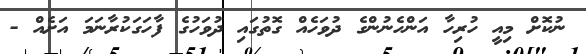
ނުކޮށް މިއީ ހުރިހާ އަންހެނުންގެ ދުވަހެއް ގޮތުގައި ދުވަހުގެ ފާހަގަކުރާނަމަ އަށެއް -